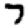
Digit: 7